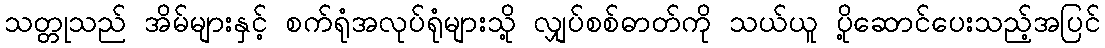
သတ္တုသည် အိမ်များနှင့် စက်ရုံအလုပ်ရုံများသို့ လျှပ်စစ်ဓာတ်ကို သယ်ယူ ပို့ဆောင်ပေးသည့်အပြင်